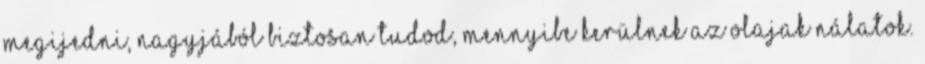
megijedni, nagyjából biztosan tudod, mennyibe kerülnek az olajak nálatok.